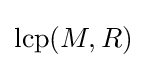
\mathrm {lcp} (M,R)